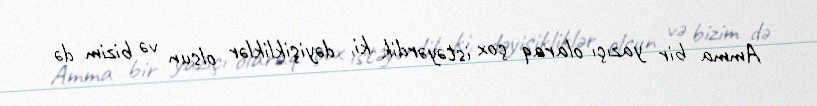
Amma bir yazıçı olaraq çox istəyərdik ki, dəyişikliklər olsun və bizim də